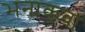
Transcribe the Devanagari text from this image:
भनाकवा